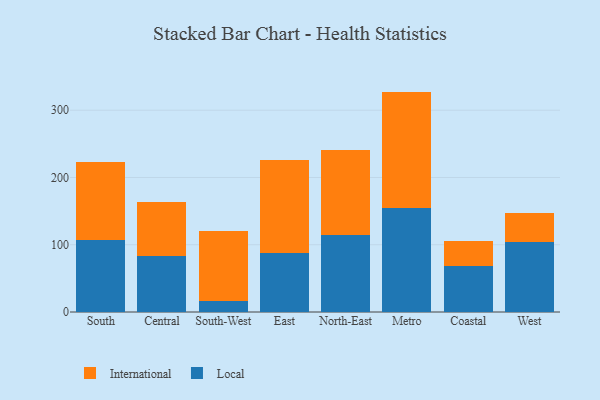
{"axis": {"x": "Region", "y": "Temperature (°C)"}, "legend": ["International", "Local"], "data": [{"x": "South", "y": 107.7, "type": "Local"}, {"x": "South", "y": 115.6, "type": "International"}, {"x": "Central", "y": 83.2, "type": "Local"}, {"x": "Central", "y": 79.9, "type": "International"}, {"x": "South-West", "y": 16.0, "type": "Local"}, {"x": "South-West", "y": 104.9, "type": "International"}, {"x": "East", "y": 87.3, "type": "Local"}, {"x": "East", "y": 138.9, "type": "International"}, {"x": "North-East", "y": 114.0, "type": "Local"}, {"x": "North-East", "y": 127.1, "type": "International"}, {"x": "Metro", "y": 155.1, "type": "Local"}, {"x": "Metro", "y": 172.6, "type": "International"}, {"x": "Coastal", "y": 68.7, "type": "Local"}, {"x": "Coastal", "y": 37.4, "type": "International"}, {"x": "West", "y": 103.9, "type": "Local"}, {"x": "West", "y": 43.7, "type": "International"}]}